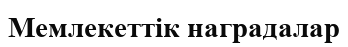
Мемлекеттік наградалар